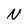
Character: N